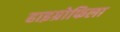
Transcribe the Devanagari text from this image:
हाइग्रोफिला